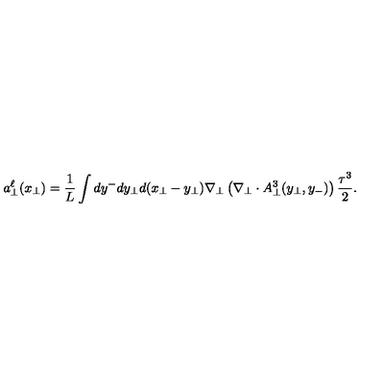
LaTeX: { a } _ { \bot } ^ { \ell } ( x _ { \bot } ) = \frac { 1 } { L } \int d y ^ { - } d y _ { \bot } d ( x _ { \bot } - y _ { \bot } ) \nabla _ { \bot } \left( \nabla _ { \bot } \cdot A _ { \bot } ^ { 3 } ( { y } _ { \bot } , y _ { - } ) \right) \frac { \tau ^ { 3 } } { 2 } .